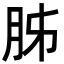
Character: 胏